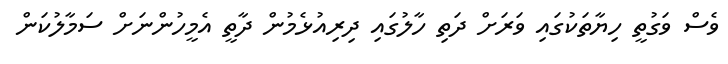
ވެސް ވަގުތީ ހިޔާތަކުގައި ވަރަށް ދަތި ހާލުގައި ދިރިއުޅެމުން ދާތީ އެމީހުންނަށް ސަމާލުކަން